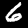
Label: 6